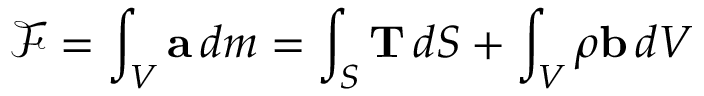
{ \mathcal { F } } = \int _ { V } \mathbf { a } \, d m = \int _ { S } \mathbf { T } \, d S + \int _ { V } \rho \mathbf { b } \, d V